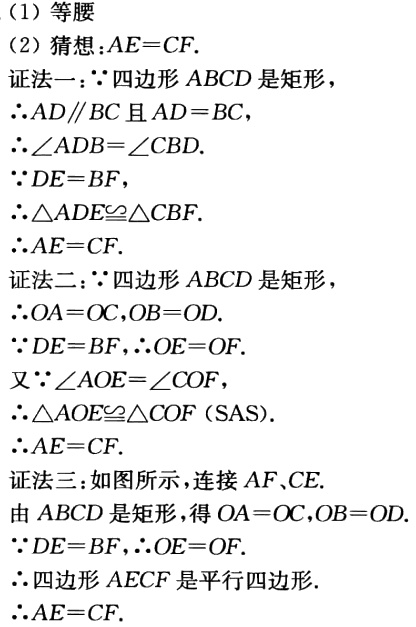
（1）等腰

（2）猜想：\(AE = CF\).

证法一：\(\because\)四边形\(ABCD\)是矩形，

\(\therefore AD\parallel BC\)且\(AD = BC\)，

\(\therefore\angle ADB=\angle CBD\).

\(\because DE = BF\)，

\(\therefore\triangle ADE\cong\triangle CBF\).

\(\therefore AE = CF\).

证法二：\(\because\)四边形\(ABCD\)是矩形，

\(\therefore OA = OC,OB = OD\).

\(\because DE = BF,\therefore OE = OF\).

又\(\because\angle AOE=\angle COF\)，

\(\therefore\triangle AOE\cong\triangle COF (\text{SAS})\).

\(\therefore AE = CF\).

证法三：如图所示，连接\(AF\)、\(CE\).

由\(ABCD\)是矩形，得\(OA = OC,OB = OD\).

\(\because DE = BF,\therefore OE = OF\).

\(\therefore\)四边形\(AECF\)是平行四边形.

\(\therefore AE = CF\).